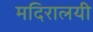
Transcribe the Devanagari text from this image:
मदिरालयी